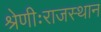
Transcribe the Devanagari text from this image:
श्रेणीःराजस्थान